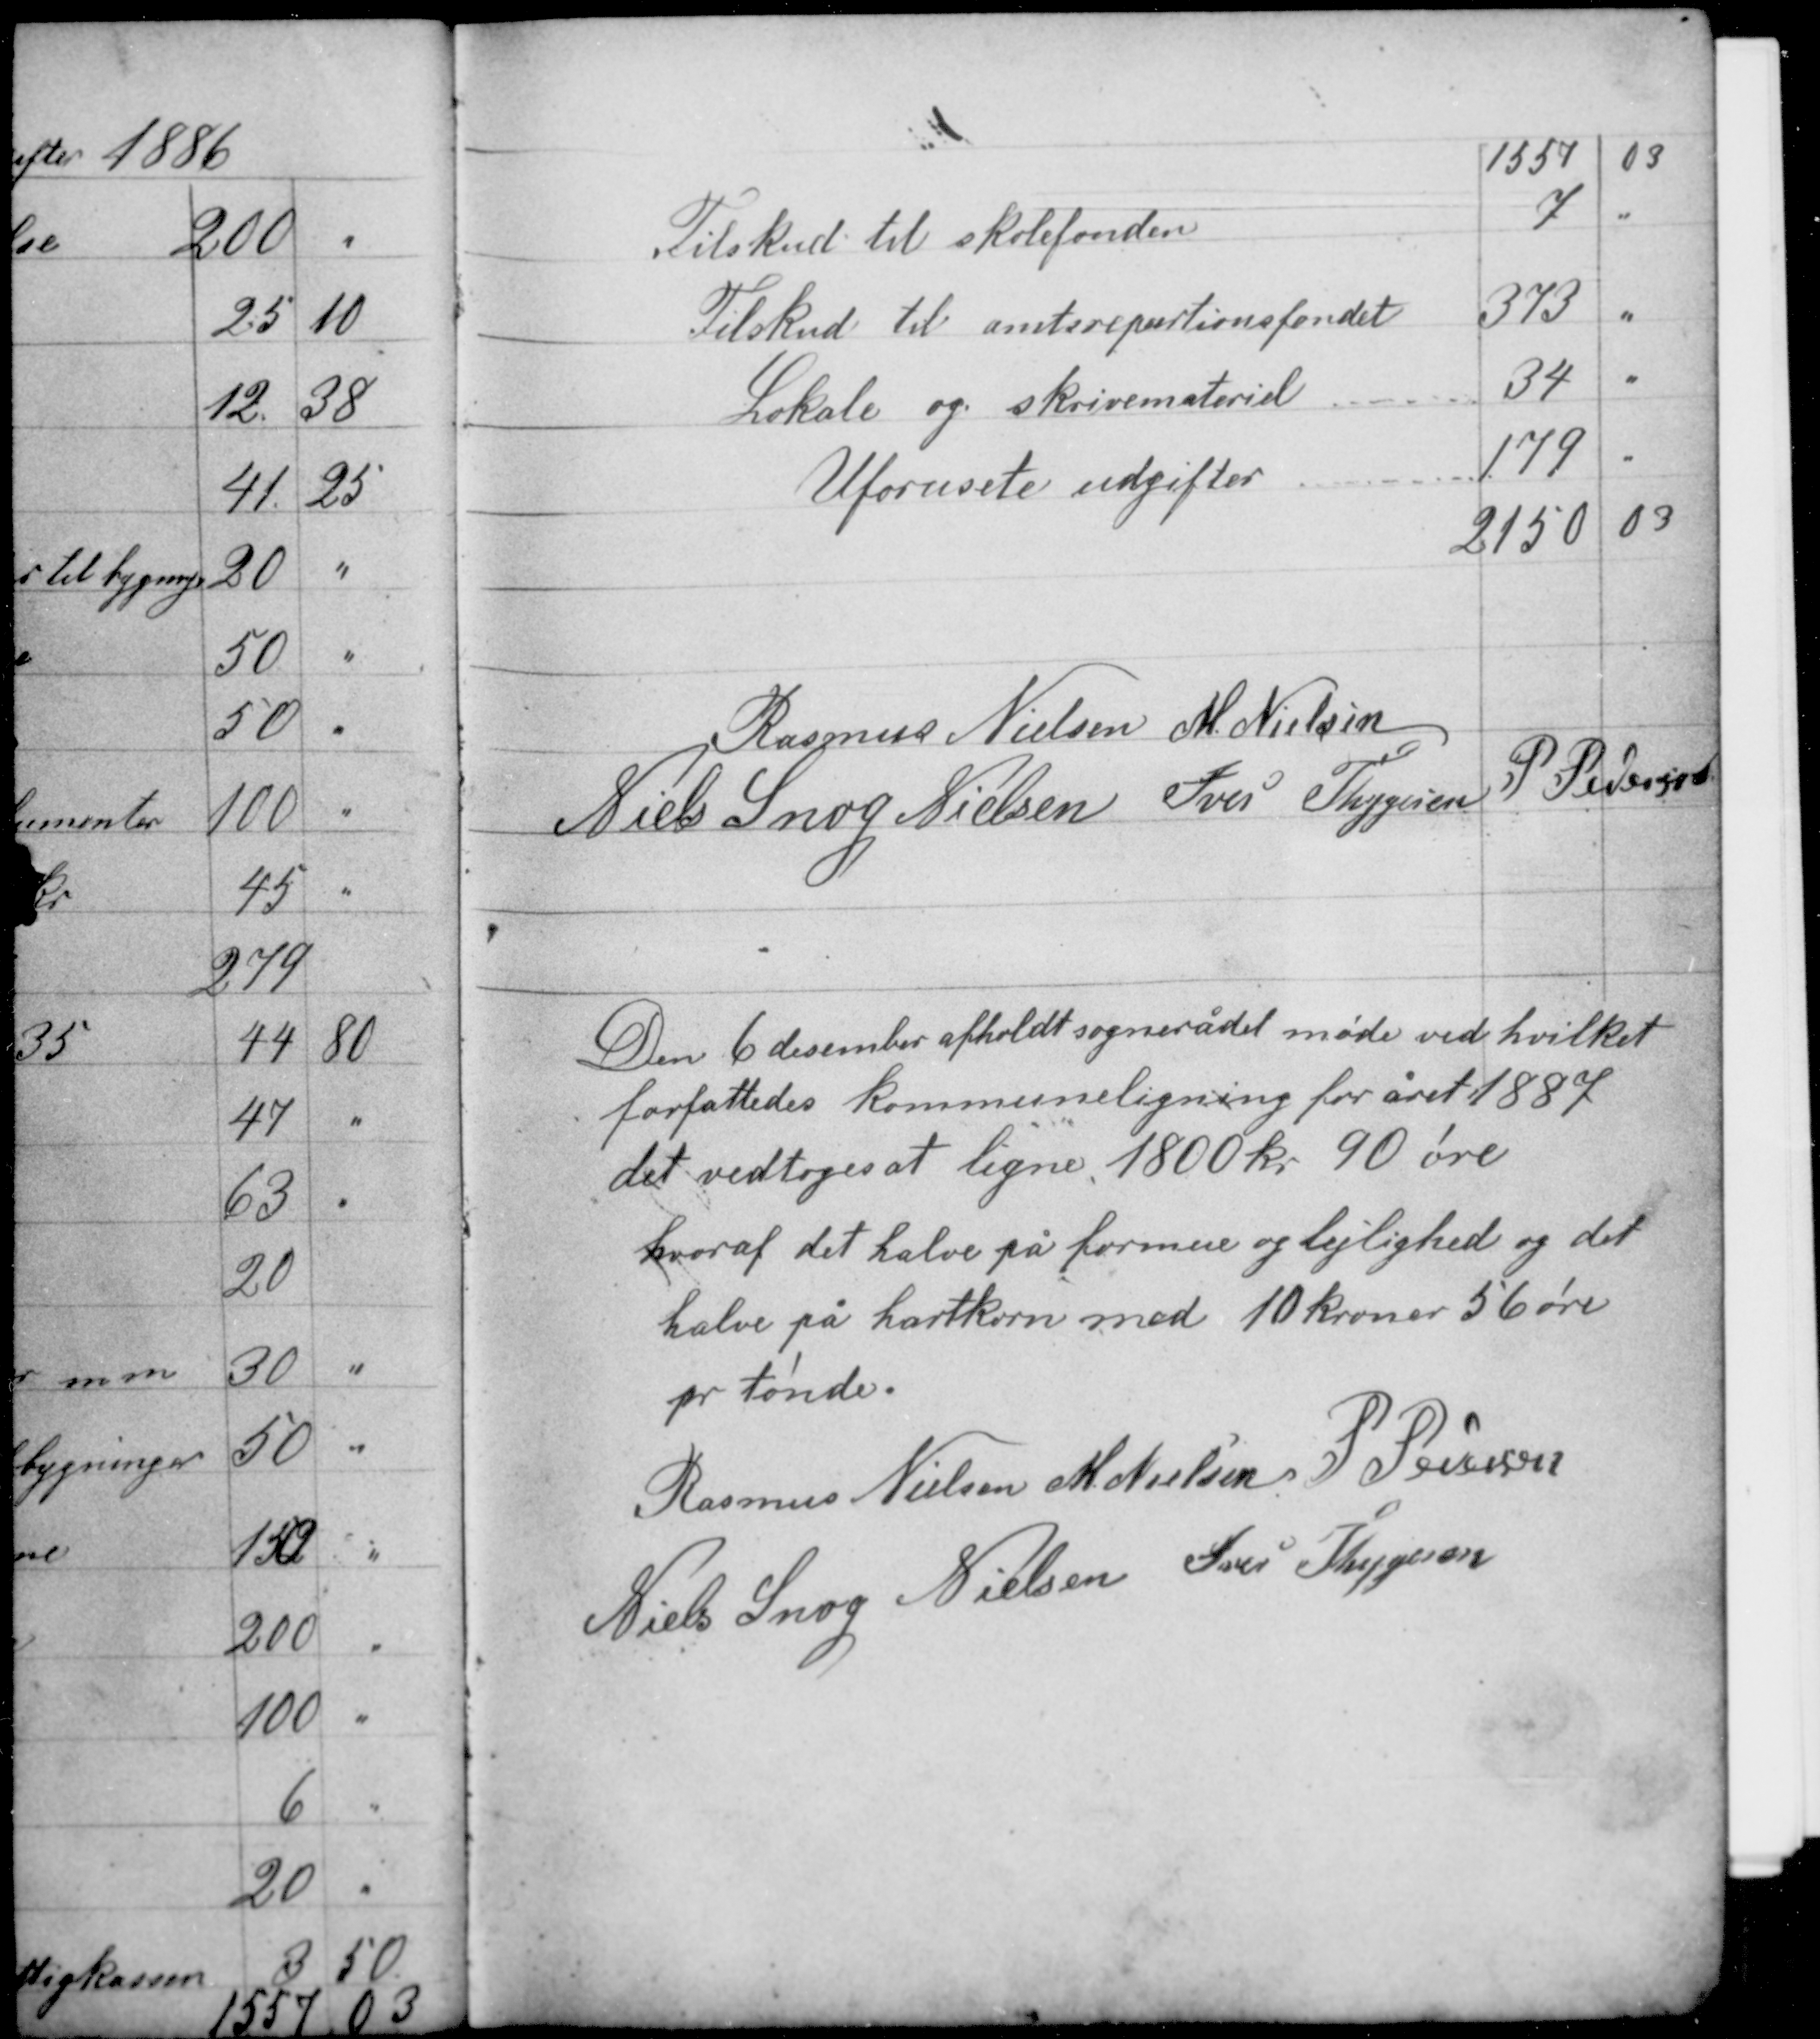
Transskription:
Rasmus Nielsen M. Nielsen
P. Pedersen
Niels Snog Nielsen Iver Thygesen

Den 6 december afholdt sognerådet møde ved hvilket
forfattedes kommuneligning for året 1887
det vedtoges at ligne 1800 kr 90 øre
hvoraf det halve på formue og lejlighed og det
halve på hartkorn med 10 kroner 56 øre
pr tønde.

Rasmus Nielsen M. Nielsen P. Pedersen
Niels Snog Nielsen Iver Tygesen